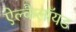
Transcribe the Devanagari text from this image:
ऐल्कैलॉयड